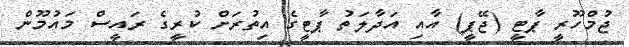
ޖުމްހޫރީ ޕާޓީ (ޖޭޕީ) އާއި އަދާލަތު ޕާޓީގެ އިތުރަށް ކުރީގެ ރައީސް މައުމޫން